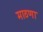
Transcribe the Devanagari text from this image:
माठणा